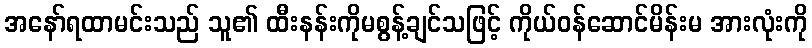
အနော်ရထာမင်းသည် သူ၏ ထီးနန်းကိုမစွန့်ချင်သဖြင့် ကိုယ်ဝန်ဆောင်မိန်းမ အားလုံးကို